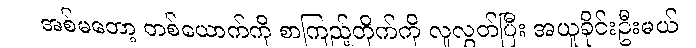
အစ်မတော့ တစ်ယောက်ကို စာကြည့်တိုက်ကို လူလွှတ်ပြီး အယူခိုင်းဦးမယ်